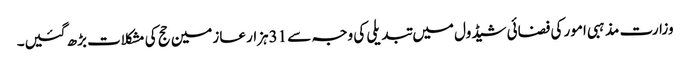
وزارت مذہبی امور کی فضائی شیڈول میں تبدیلی کی وجہ سے 31ہزار عازمین حج کی مشکلات بڑھ گئیں۔